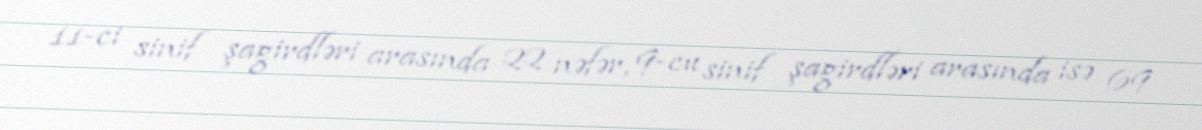
11-ci sinif şagirdləri arasında 22 nəfər, 9-cu sinif şagirdləri arasında isə 69